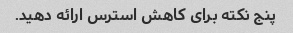
پنج نکته برای کاهش استرس ارائه دهید.